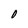
Character: 0